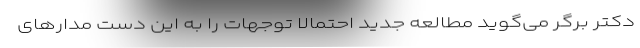
دکتر برگر می‌گوید مطالعه جدید احتمالا توجهات را به این دست مدارهای